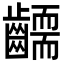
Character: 𮯔